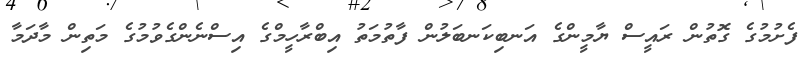
ފެށުމުގެ ގޮތުން ރައީސް ޔާމީންގެ އަނބިކަނބަލުން ފާތުމަތު އިބްރާހީމްގެ އިސްނެންގެވުމުގެ މަތިން މާދަމާ